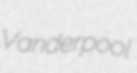
Vanderpool